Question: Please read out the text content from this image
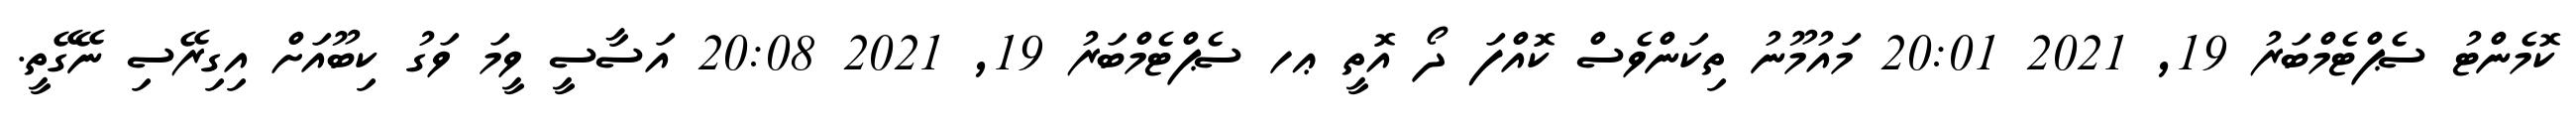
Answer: ކޮމެންޓު ސެޕްޓެމްބަރު 19, 2021 20:01 މައުމޫނު ތިކަންވެސް ކޮއްފަ ދޯ އޮތީ ޢހ ސެޕްޓެމްބަރު 19, 2021 20:08 އަސާސީ ވީމަ ވަގު ކިބޫއަށް އިގިރޭސި ނޭގޭތީ.